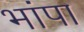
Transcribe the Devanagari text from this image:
भांपा